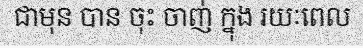
ជាមុន បាន ចុះ ចាញ់ ក្នុង រយៈពេល